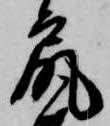
尻